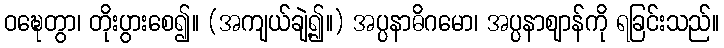
ဝဍ္ဎေတွာ၊ တိုးပွားစေ၍။ (အကျယ်ချဲ့၍။) အပ္ပနာဓိဂမော၊ အပ္ပနာဈာန်ကို ရခြင်းသည်။